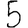
Digit: 5